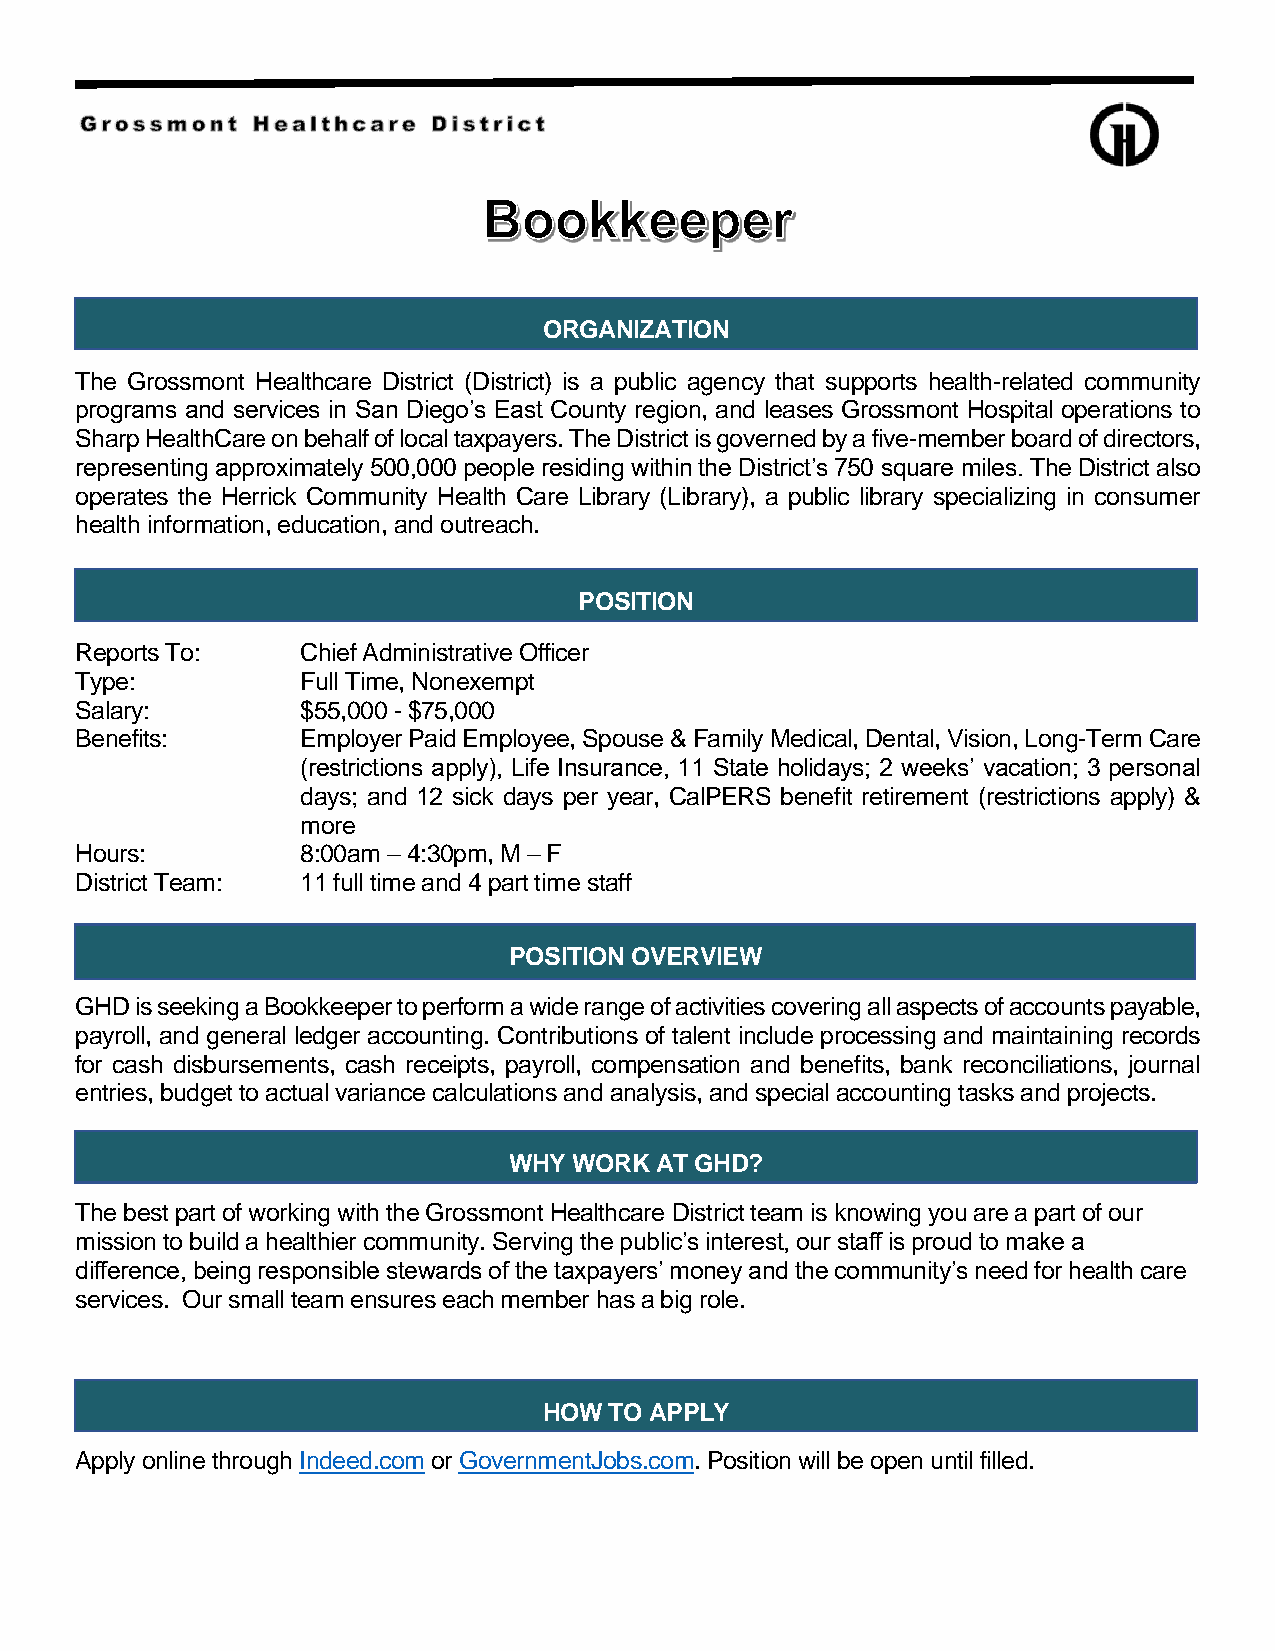
ORGANIZATION
 The Grossmont Healthcare District (District) is a public agency that supports health-related community
 programs and services in San Diego’s East County region, and leases Grossmont Hospital operations to
 Sharp HealthCare on behalf of local taxpayers. The District is governed by a five-member board of directors,
 representing approximately 500,000 people residing within the District’s 750 square miles. The District also
 operates the Herrick Community Health Care Library (Library), a public library specializing in consumer
 health information, education, and outreach.
 POSITION
 Reports To:    Chief Administrative Officer
 Type:          Full Time, Nonexempt
 Salary:        $55,000 - $75,000
 Benefits:      Employer Paid Employee, Spouse & Family Medical, Dental, Vision, Long-Term Care
 (restrictions apply), Life Insurance, 11 State holidays; 2 weeks’ vacation; 3 personal
 days; and 12 sick days per year, CalPERS benefit retirement (restrictions apply) &
 more
 Hours:         8:00am – 4:30pm, M – F
 District Team: 11 full time and 4 part time staff
 POSITION OVERVIEW
 GHD is seeking a Bookkeeper to perform a wide range of activities covering all aspects of accounts payable,
 payroll, and general ledger accounting. Contributions of talent include processing and maintaining records
 for cash disbursements, cash receipts, payroll, compensation and benefits, bank reconciliations, journal
 entries, budget to actual variance calculations and analysis, and special accounting tasks and projects.
 WHY WORK AT GHD?
 The best part of working with the Grossmont Healthcare District team is knowing you are a part of our
 mission to build a healthier community. Serving the public’s interest, our staff is proud to make a
 difference, being responsible stewards of the taxpayers’ money and the community’s need for health care
 services. Our small team ensures each member has a big role.
 HOW TO APPLY
 Apply online through Indeed.com or GovernmentJobs.com. Position will be open until filled.